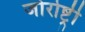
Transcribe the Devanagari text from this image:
जोरोष्ट्री